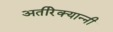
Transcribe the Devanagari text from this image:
अतीरेक्यान्नी